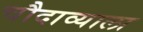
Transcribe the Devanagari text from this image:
चौदाव्याला